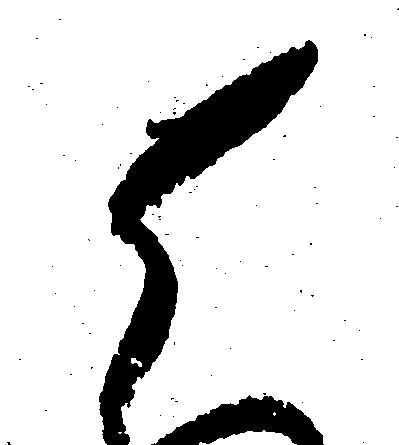
ら